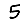
Digit: 5